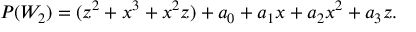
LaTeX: P ( W _ { 2 } ) = ( z ^ { 2 } + x ^ { 3 } + x ^ { 2 } z ) + a _ { 0 } + a _ { 1 } x + a _ { 2 } x ^ { 2 } + a _ { 3 } z .